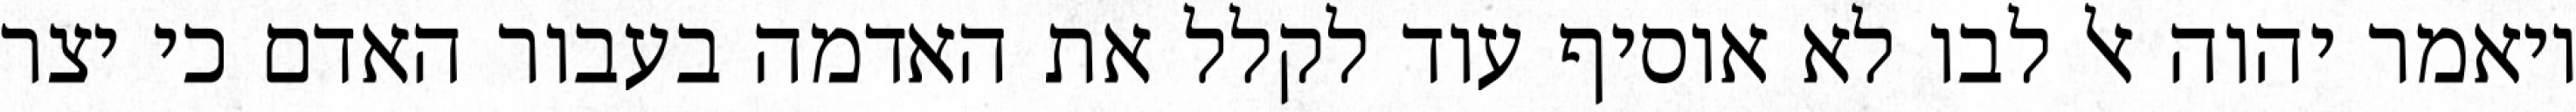
ויאמר יהוה אל לבו לא אוסיף עוד לקלל את האדמה בעבור האדם כי יצר